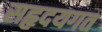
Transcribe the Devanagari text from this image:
सहृदयगत